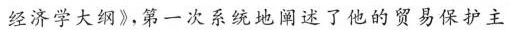
经济学大纲》，第一次系统地阐述了他的贸易保护主